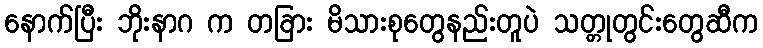
နောက်ပြီး ဘိုးနာဂ က တခြား မိသားစုတွေနည်းတူပဲ သတ္တုတွင်းတွေဆီက